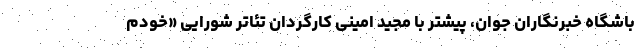
باشگاه خبرنگاران جوان، پیشتر با مجید امینی کارگردان تئاتر شورایی «خودم